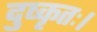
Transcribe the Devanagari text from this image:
दुष्कृतः।